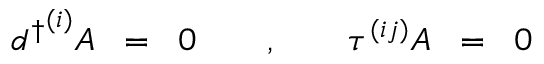
{ d ^ { \dagger } } ^ { ( i ) } A \; \; = \; \; 0 \quad \quad , \quad \quad \tau ^ { ( i j ) } A \; \; = \; \; 0